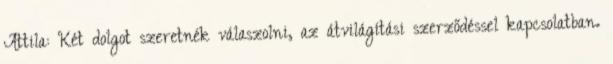
Attila: Két dolgot szeretnék válaszolni, az átvilágítási szerződéssel kapcsolatban.